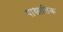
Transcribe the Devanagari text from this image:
पाश्चातिक